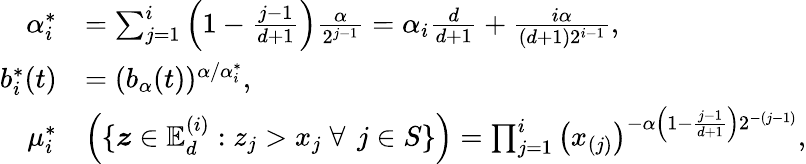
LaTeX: \begin{array}{rl}{\alpha_{i}^{*}}&{=\sum_{j=1}^{i}\Big(1-\frac{j-1}{d+1}\Big)\frac{\alpha}{2^{j-1}}=\alpha_{i}\frac d{d+1}+\frac{i\alpha}{(d+1)2^{{i-1}}},}\\ {b_{i}^{*}(t)}&{=(b_{\alpha}(t))^{\alpha/\alpha_{i}^{*}},}\\ {\mu_{i}^{*}}&{\left(\{ \boldsymbol z\in\mathbb{E}_{d}^{(i)}:z_{j}>x_{j}\; \forall\, \ j\in S\} \right)=\prod_{j=1}^{i}\left({x}_{(j)}\right)^{-\alpha\left(1-\frac{j-1}{d+1}\right)2^{-(j-1)}},}\end{array}